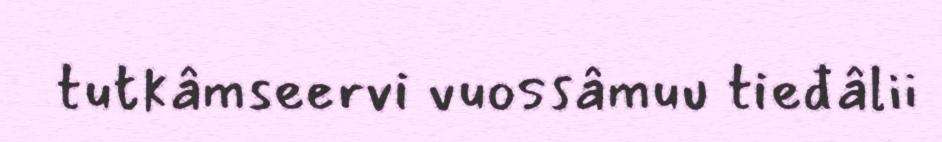
tutkâmseervi vuossâmuu tieđâlii